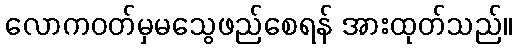
လောကဝတ်မှမသွေဖည်စေရန် အားထုတ်သည်။